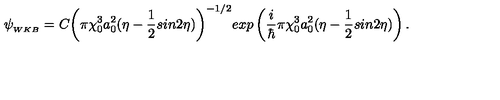
\psi _ { _ { W K B } } = C { \left( \pi \chi _ { 0 } ^ { 3 } a _ { 0 } ^ { 2 } ( \eta - \frac { 1 } { 2 } s i n { 2 \eta } ) \right) } ^ { - 1 / 2 } e x p \left( \frac { i } { \hbar } \pi \chi _ { 0 } ^ { 3 } a _ { 0 } ^ { 2 } ( \eta - \frac { 1 } { 2 } s i n { 2 \eta } ) \right) .